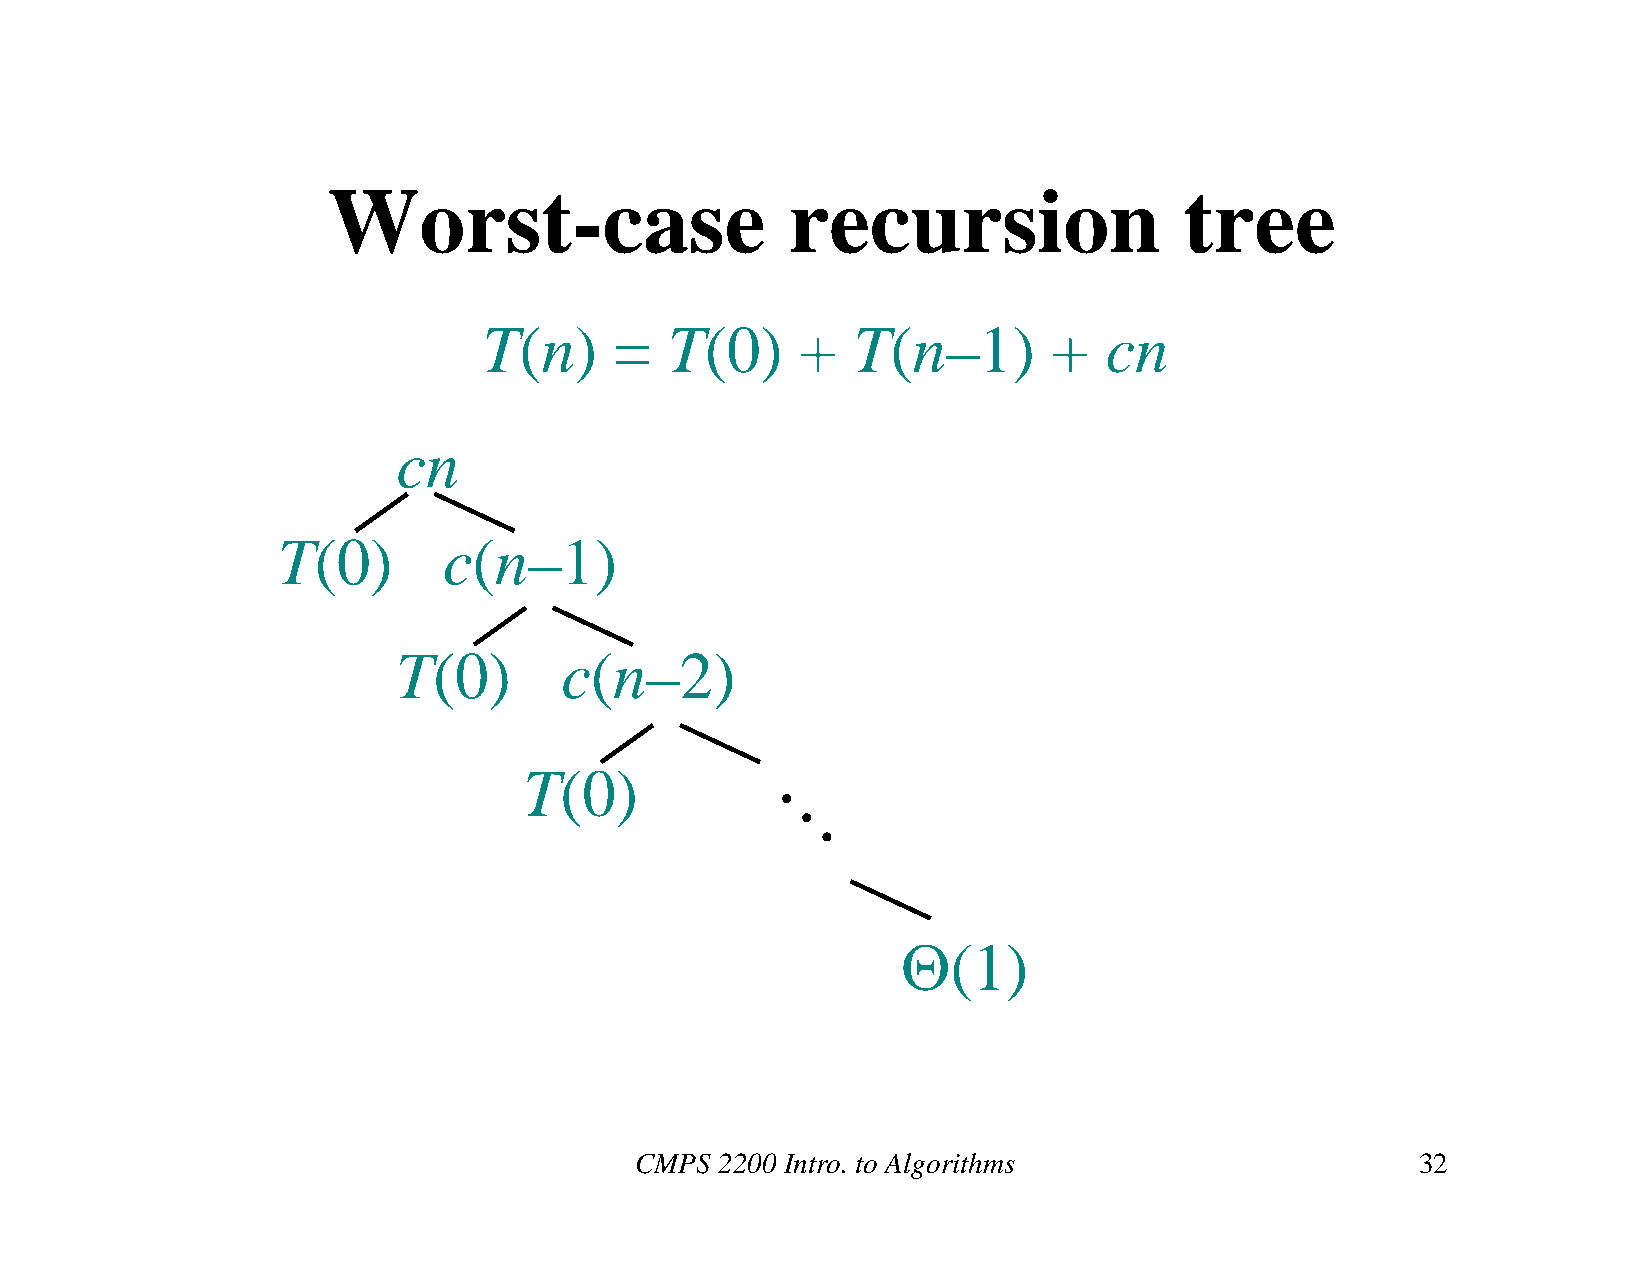
Worst-case                    recursion                 tree
 T(n)     =  T(0)     +  T(n–1)        +  cn
 cn
 T(0)       c(n–1)
 T(0)       c(n–2)
 T(0)
 (1)
 CMPS  2200 Intro. to Algorithms                     32